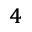
^ 4